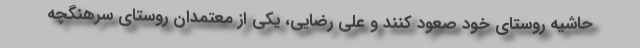
حاشیه روستای خود صعود کنند و علی رضایی، یکی از معتمدان روستای سرهنگچه